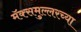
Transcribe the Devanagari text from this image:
मॅक्समुल्लरच्या